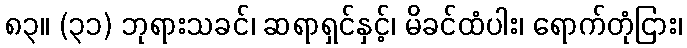
၈၃။ (၃၁) ဘုရားသခင်၊ ဆရာရှင်နှင့်၊ မိခင်ထံပါး၊ ရောက်တုံငြား၊